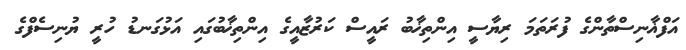
އަފްޣާނިސްތާންގެ ފުރަތަމަ ރިޔާސީ އިންތިޚާބު ރައީސް ކަރުޒާއީގެ އިންތިޚާބުގައި އަޅުގަނޑު ހުރީ ޔުނިސެފްގެ